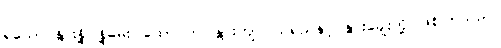
ရသော နွားနို့၊ နို့ဓမ်း၊ ထောပတ်၊ နွားကျင်ငယ်ရည်နှင့် နွားချေးတို့ ဖြစ်ကြသည်။